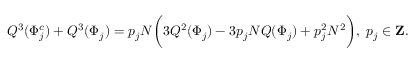
Q ^ { 3 } ( \Phi _ { j } ^ { c } ) + Q ^ { 3 } ( \Phi _ { j } ) = p _ { j } N \bigg ( 3 Q ^ { 2 } ( \Phi _ { j } ) - 3 p _ { j } N Q ( \Phi _ { j } ) + p _ { j } ^ { 2 } N ^ { 2 } \bigg ) , \ p _ { j } \in { \bf Z } .